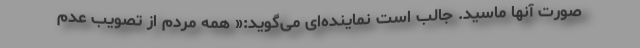
صورت آنها ماسید. جالب است نماینده‌ای می‌گوید:« همه مردم از تصویب عدم